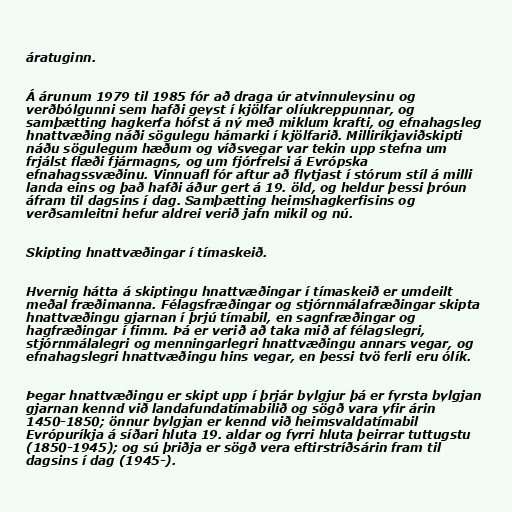
áratuginn.

Á árunum 1979 til 1985 fór að draga úr atvinnuleysinu og
verðbólgunni sem hafði geyst í kjölfar olíukreppunnar, og
samþætting hagkerfa hófst á ný með miklum krafti, og efnahagsleg
hnattvæðing náði sögulegu hámarki í kjölfarið. Milliríkjaviðskipti
náðu sögulegum hæðum og víðsvegar var tekin upp stefna um
frjálst flæði fjármagns, og um fjórfrelsi á Evrópska
efnahagssvæðinu. Vinnuafl fór aftur að flytjast í stórum stíl á milli
landa eins og það hafði áður gert á 19. öld, og heldur þessi þróun
áfram til dagsins í dag. Samþætting heimshagkerfisins og
verðsamleitni hefur aldrei verið jafn mikil og nú.

Skipting hnattvæðingar í tímaskeið.

Hvernig hátta á skiptingu hnattvæðingar í tímaskeið er umdeilt
meðal fræðimanna. Félagsfræðingar og stjórnmálafræðingar skipta
hnattvæðingu gjarnan í þrjú tímabil, en sagnfræðingar og
hagfræðingar í fimm. Þá er verið að taka mið af félagslegri,
stjórnmálalegri og menningarlegri hnattvæðingu annars vegar, og
efnahagslegri hnattvæðingu hins vegar, en þessi tvö ferli eru ólík.

Þegar hnattvæðingu er skipt upp í þrjár bylgjur þá er fyrsta bylgjan
gjarnan kennd við landafundatímabilið og sögð vara yfir árin
1450-1850; önnur bylgjan er kennd við heimsvaldatímabil
Evrópuríkja á síðari hluta 19. aldar og fyrri hluta þeirrar tuttugstu
(1850-1945); og sú þriðja er sögð vera eftirstríðsárin fram til
dagsins í dag (1945-).